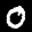
Label: 0